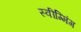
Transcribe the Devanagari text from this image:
स्वीम्मिंग